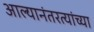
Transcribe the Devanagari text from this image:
आल्यानंतरत्यांच्या